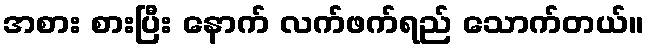
အစား စားပြီး နောက် လက်ဖက်ရည် သောက်တယ်။